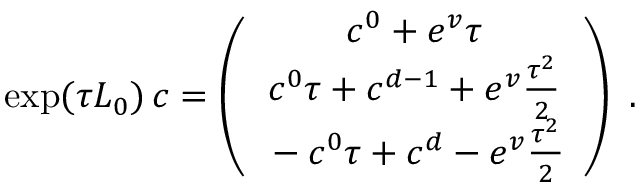
\exp ( \tau L _ { 0 } ) \, c = \left( \begin{array} { c } { { \strut c ^ { 0 } + e ^ { v } \tau } } \\ { { \strut c ^ { 0 } \tau + c ^ { d - 1 } + e ^ { v } { \frac { \tau ^ { 2 } } { 2 } } } } \\ { { \strut - c ^ { 0 } \tau + c ^ { d } - e ^ { v } { \frac { \tau ^ { 2 } } { 2 } } } } \end{array} \right) \ .